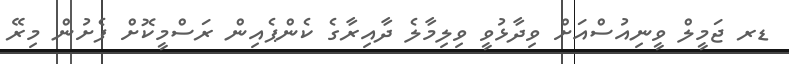
ޑރ ޖަމީލް ވީނިއުސްއަށް ވިދާޅުވީ ވިލިމާލެ ދާއިރާގެ ކެންޕެއިން ރަސްމީކޮށް ފެށުން މިރޭ